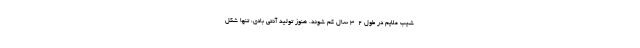
شیب ملایم در طول ۲-۳ سال کم شوند. هنوز تولید آنتی بادی، تنها شکل